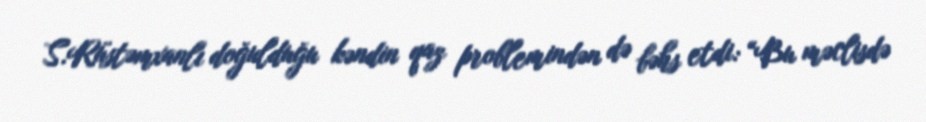
S.Rüstəmxanlı doğulduğu kəndin qaz problemindən də bəhs etdi: “Bu məclisdə